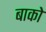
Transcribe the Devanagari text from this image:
बाको